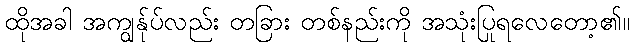
ထိုအခါ အကျွန်ုပ်လည်း တခြား တစ်နည်းကို အသုံးပြုရလေတော့၏။